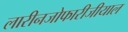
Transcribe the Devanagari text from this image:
लारीनजोफारीजीयाल